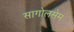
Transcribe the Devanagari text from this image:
सागोलसेम